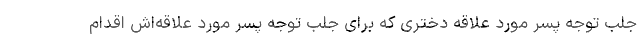
جلب توجه پسر مورد علاقه دختری که برای جلب توجه پسر مورد علاقه‌اش اقدام